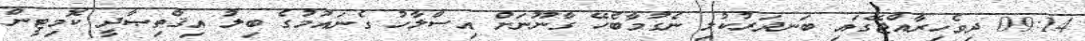
09:14 ދިވެހިރާއްޖޭގައި ބަނދަރުކުލި ނެގުމާބެހޭ ގާނޫނަށް އިސްލާހު ގެނައުމުގެ ބިލު އިޤްތިޞާދީ ކޮމިޓީން